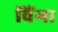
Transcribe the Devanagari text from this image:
विंगा